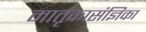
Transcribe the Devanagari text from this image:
मातृकासंज्ञिका